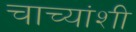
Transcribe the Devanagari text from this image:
चाच्यांशी